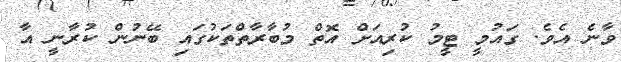
ވާނެ އެވެ. ގައުމީ ޓީމު ކުރިއަށް އޮތް މުބާރާތްތަކުގައި ބޭނުން ކުރާނީ އާ